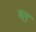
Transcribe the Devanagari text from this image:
ष्त